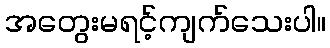
အတွေးမရင့်ကျက်သေးပါ။